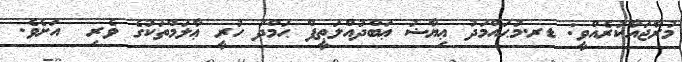
މުރާޖައާކުރެއްވީ: ޑރ.މުޙައްމަދު ޢިޔާޟު ޢަބްދުއްލަޠީފް ޙަމްދު ހުރީ ޢާލަމްތަކުގެ ވެރި  އަށެވެ.